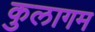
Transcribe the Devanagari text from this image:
कुलागम